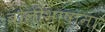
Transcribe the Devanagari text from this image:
बोलीभाषांना